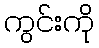
ကွင်းကို